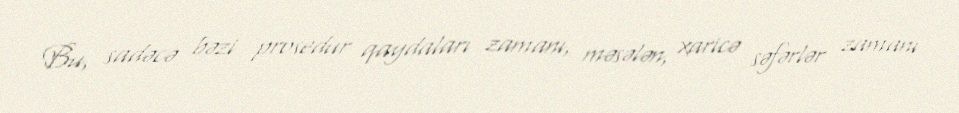
Bu, sadəcə bəzi prosedur qaydaları zamanı, məsələn, xaricə səfərlər zamanı